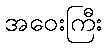
အဝေးကြီး